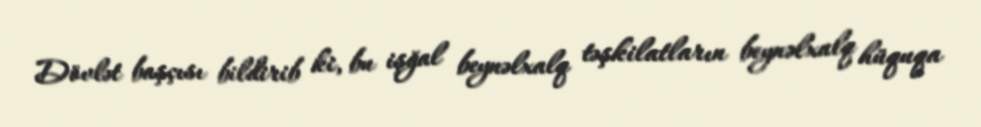
Dövlət başçısı bildirib ki, bu işğal beynəlxalq təşkilatların beynəlxalq hüquqa